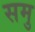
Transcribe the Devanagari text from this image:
समु